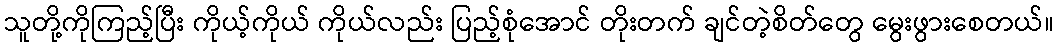
သူတို့ကိုကြည့်ပြီး ကိုယ့်ကိုယ် ကိုယ်လည်း ပြည့်စုံအောင် တိုးတက် ချင်တဲ့စိတ်တွေ မွေးဖွားစေတယ်။